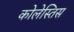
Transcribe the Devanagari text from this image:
कोलेस्तिस